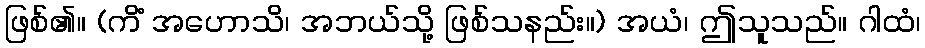
ဖြစ်၏။ (ကိံ အဟောသိ၊ အဘယ်သို့ ဖြစ်သနည်း။) အယံ၊ ဤသူသည်။ ဂါထံ၊